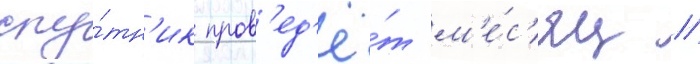
спу́тн'ик пров'ед'ё́т м'е́с'яц /